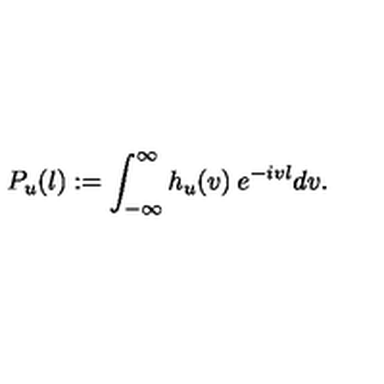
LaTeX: P _ { u } ( l ) : = \int _ { - \infty } ^ { \infty } h _ { u } ( v ) \: e ^ { - i v l } d v .